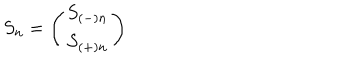
LaTeX: S _ { n } = \left( \begin{array} { c } { { S _ { ( - ) n } } } \\ { { S _ { ( + ) n } } } \\ \end{array} \right)